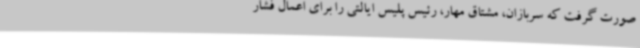
صورت گرفت که سربازان، مشتاق مهار، رئیس پلیس ایالتی را برای اعمال فشار